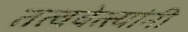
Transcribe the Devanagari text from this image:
तत्ववेत्त्यांनी